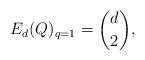
LaTeX: \begin{align*} E_d(Q)_{q=1} = \binom{d}{2},\end{align*}